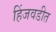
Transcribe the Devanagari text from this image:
हिंजवडीत